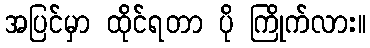
အပြင်မှာ ထိုင်ရတာ ပို ကြိုက်လား။